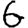
Digit: 6